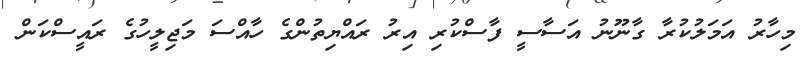
މިހާރު އަމަލުކުރާ ގާނޫނު އަސާސީ ފާސްކުރި އިރު ރައްޔިތުންގެ ހާއްސަ މަޖިލީހުގެ ރައީސްކަން